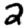
Digit: 2